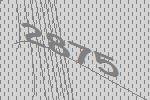
2875